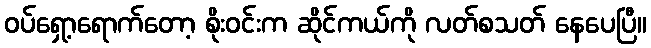
ဝပ်ရှော့ရောက်တော့ စိုးဝင်းက ဆိုင်ကယ်ကို လတ်စသတ် နေပေပြီ။